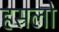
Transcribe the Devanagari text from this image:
हसलो